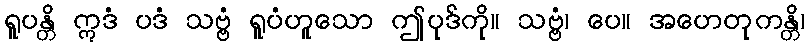
ရူပန္တိ ဣဒံ ပဒံ သဗ္ဗံ ရူပံဟူသော ဤပုဒ်ကို။ သဗ္ဗံ၊ ပေ။ အဟေတုကန္တိ၊